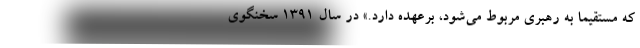
که مستقیماً به رهبری مربوط می‌شود، برعهده دارد.» در سال 1391 سخنگوی